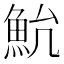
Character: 𱆨